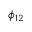
\phi _ { 1 2 }